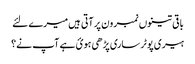
باقی تینوں نمبر ون پر آتی ہیں میرے لئے
ہیری پوٹر ساری پڑھی ہوئ ہے آپ نے؟